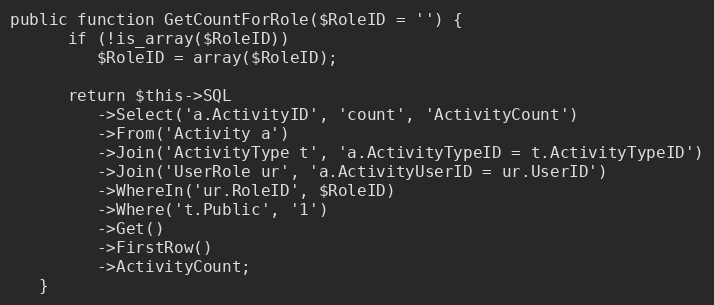
Language: PHP
public function GetCountForRole($RoleID = '') {
      if (!is_array($RoleID))
         $RoleID = array($RoleID);

      return $this->SQL
         ->Select('a.ActivityID', 'count', 'ActivityCount')
         ->From('Activity a')
         ->Join('ActivityType t', 'a.ActivityTypeID = t.ActivityTypeID')
         ->Join('UserRole ur', 'a.ActivityUserID = ur.UserID')
         ->WhereIn('ur.RoleID', $RoleID)
         ->Where('t.Public', '1')
         ->Get()
         ->FirstRow()
         ->ActivityCount;
   }